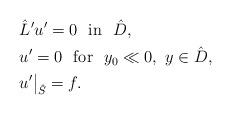
LaTeX: \begin{align*} &\hat L'u'=0 \ \ \mbox{in}\ \ \hat D,\\& u' = 0 \ \ \mbox{for}\ \ y_0\ll 0,\ y\in \hat D,\\& u'\big|_{\hat S}=f.\end{align*}